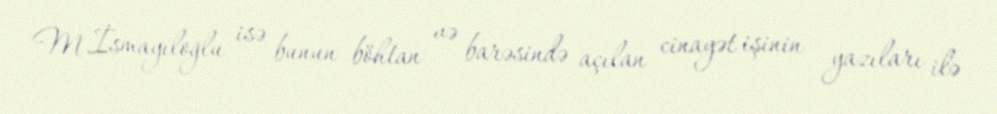
M.İsmayıloğlu isə bunun böhtan və barəsində açılan cinayət işinin yazıları ilə